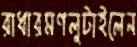
রাধারমণলুটাইলেন